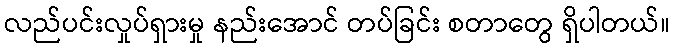
လည်ပင်းလှုပ်ရှားမှု နည်းအောင် တပ်ခြင်း စတာတွေ ရှိပါတယ်။